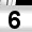
Digit: 6